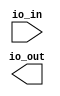
module io_block_ttl_buffer (
    input        wire                io_in,           // input signal from external device
    output reg   io_out             // output signal to external device
);

// input buffer
always @(posedge io_in)
begin
    // do some signal buffering and conditioning
end

// output buffer
always @(posedge io_out)
begin
    // do some signal buffering and conditioning
end

endmodule